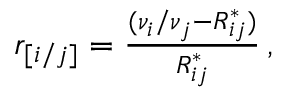
\begin{array} { r } { r _ { [ i / j ] } = \frac { ( \nu _ { i } / \nu _ { j } - R _ { i j } ^ { * } ) } { R _ { i j } ^ { * } } \, , } \end{array}